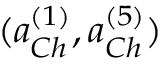
( a _ { C h } ^ { ( 1 ) } , a _ { C h } ^ { ( 5 ) } )